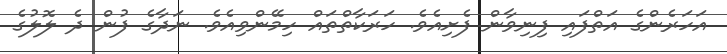
އަހަރެންގެ އަތްފައި ފިނިވާން ފެށިއެވެ. ހަރަކާތްތައް ހިމޭންވިއެވެ. ނަދާގެ ފުން ދެ ލޮލުގެ